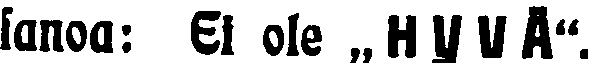
Sanoa: Ei ole ,,HYVÄ''.